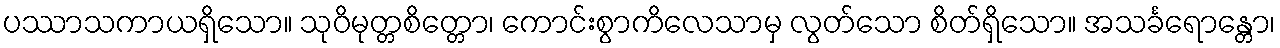
ပဿာသကာယရှိသော။ သုဝိမုတ္တစိတ္တော၊ ကောင်းစွာကိလေသာမှ လွတ်သော စိတ်ရှိသော။ အသင်္ခရောန္တော၊